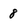
Character: 8